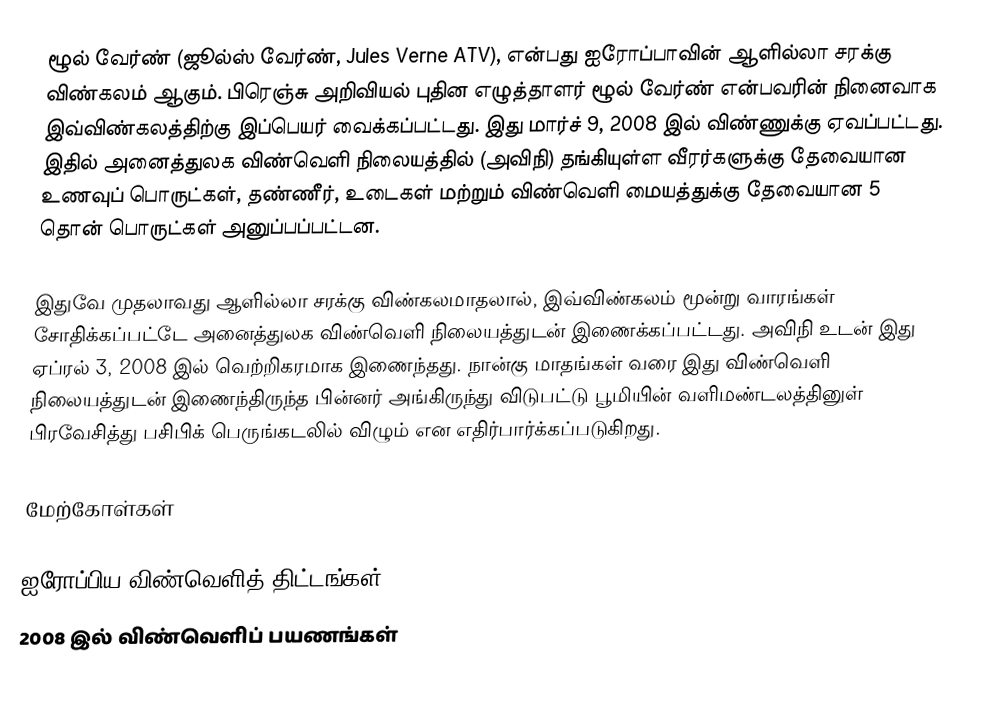
ழூல் வேர்ண் (ஜூல்ஸ் வேர்ண், Jules Verne ATV), என்பது ஐரோப்பாவின் ஆளில்லா சரக்கு விண்கலம் ஆகும். பிரெஞ்சு அறிவியல் புதின எழுத்தாளர் ழூல் வேர்ண் என்பவரின் நினைவாக இவ்விண்கலத்திற்கு இப்பெயர் வைக்கப்பட்டது. இது மார்ச் 9, 2008 இல் விண்ணுக்கு  ஏவப்பட்டது. இதில் அனைத்துலக விண்வெளி நிலையத்தில் (அவிநி) தங்கியுள்ள வீரர்களுக்கு தேவையான உணவுப் பொருட்கள், தண்ணீர், உடைகள் மற்றும் விண்வெளி மையத்துக்கு தேவையான 5 தொன் பொருட்கள் அனுப்பப்பட்டன.

இதுவே முதலாவது ஆளில்லா சரக்கு விண்கலமாதலால், இவ்விண்கலம் மூன்று வாரங்கள் சோதிக்கப்பட்டே அனைத்துலக விண்வெளி நிலையத்துடன் இணைக்கப்பட்டது. அவிநி உடன் இது ஏப்ரல் 3, 2008 இல் வெற்றிகரமாக இணைந்தது. நான்கு மாதங்கள் வரை இது விண்வெளி நிலையத்துடன் இணைந்திருந்த பின்னர் அங்கிருந்து விடுபட்டு பூமியின் வளிமண்டலத்தினுள் பிரவேசித்து பசிபிக் பெருங்கடலில் விழும் என எதிர்பார்க்கப்படுகிறது.

மேற்கோள்கள்

ஐரோப்பிய விண்வெளித் திட்டங்கள்
2008 இல் விண்வெளிப் பயணங்கள்